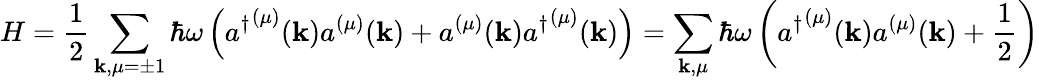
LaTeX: H={\frac{1}{2}}\sum_{\mathbf{k},\mu=\pm 1}\hbar\omega\left({a^{\dagger}}^{(\mu)}(\mathbf{k})a^{(\mu)}(\mathbf{k})+a^{(\mu)}(\mathbf{k}){a^{\dagger}}^{(\mu)}(\mathbf{k})\right)=\sum_{\mathbf{k},\mu}\hbar\omega\left({a^{\dagger}}^{(\mu)}(\mathbf{k})a^{(\mu)}(\mathbf{k})+{\frac{1}{2}}\right)